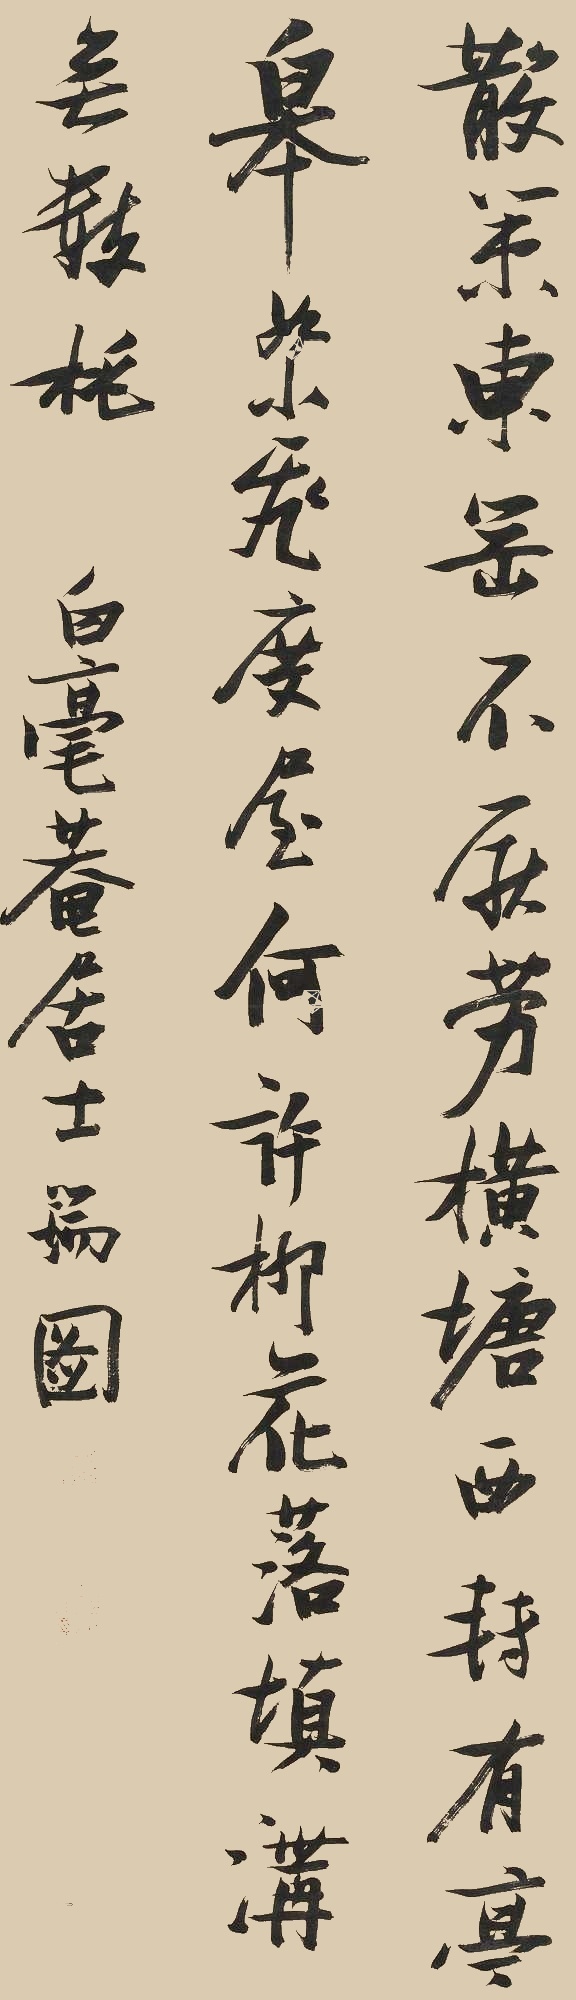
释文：散策东冈不厌劳，横塘西转有亭皋。絮飞度屋何许柳，花落填沟无数桃。白毫庵居士瑞图。